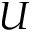
U